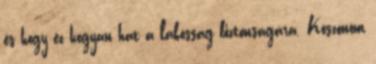
és hogy ez hogyan hat a lakosság biztonságára. Köszönöm